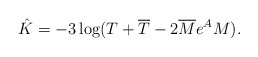
\begin{align*}\hat K = -3\log(T+\overline T - 2\overline M e^A M).\end{align*}